Indian journal of veterinary science and animal husbandry - Volume 3,
Year: 1933
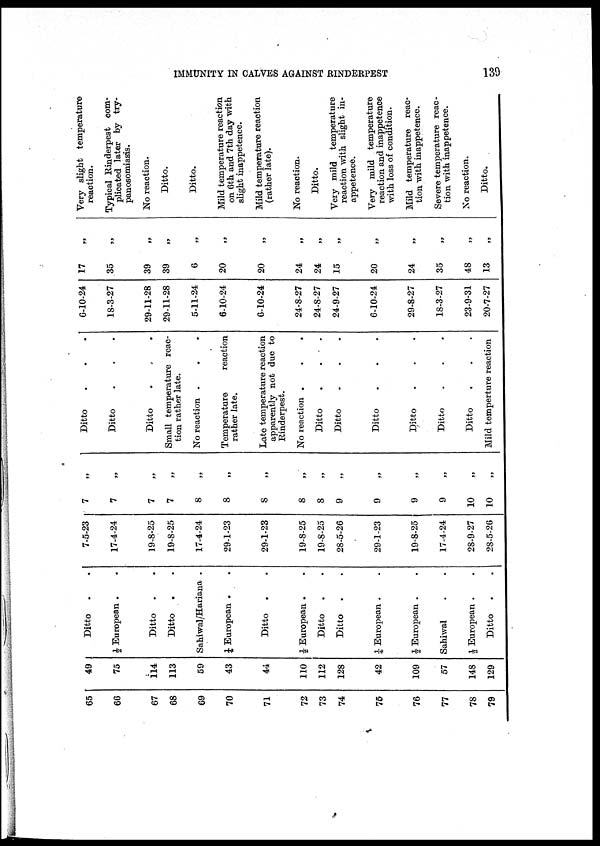
IMMUNITY IN CALVES AGAINST
RINDERPEST
139
65
66
67
68
69
70
71
72
73
74
75
76
77
78
79
49
75
114
113
59
43
44
110
112
128
42
109
57
148
129
Ditto
. .
½ European . .
Ditto
. .
Ditto . .
Sahiwal/Hariana .
¼ European . .
Ditto
. .
½ European . .
Ditto
. .
Ditto . .
¼ European . .
½ European . .
Sahiwal . .
½ European . .
Ditto
. .
7-5-23
17-4-24
19-8-25
19-8-25
17-4-24
29-1-23
29-1-23
19-8-25
19-8-25
28-5-26
29-1-23
19-8-25
17-4-24
28-9-27
28-5-26
7 „
7
„
7 „
7 „
8 „
8
„
8 „
8 „
8 „
9 „
9 „
9 „
9 „
10 „
10 „
Ditto . . .
Ditto . . .
Ditto . . .
Small temperature reac-
tion rather late.
No reaction .
.
.
Temperature
reaction
rather late.
Late temperature reaction
apparently not due to
Rinderpest.
No reaction . . .
Ditto . . .
Ditto . . .
Ditto . . .
Ditto . . .
Ditto . . .
Ditto . . .
Mild temperture reaction
6-10-24
18-3-27
29-11-28
29-11-28
5-11-24
6-10-24
6-10-24
24-8-27
24-8-27
24-9-27
6-10-24
29-8-27
18-3-27
23-9-31
20-7-27
17
„
35 „
39 „
39 „
6 „
20 „
20 „
24
„
24 „
15 „
20 „
24 „
35 „
48 „
13 „
Very slight temperature
reaction.
Typical Rinderpest com-
plicated later by try-
panosomiasis.
No reaction.
Ditto.
Ditto.
Mild temperature reaction
on 6th and 7th day with
slight inappetence.
Mild temperature reaction
(rather late).
No reaction.
Ditto.
Very mild temperature
reaction with slight in-
appetence.
Very mild temperature
reaction and inappetence
with loss of condition.
Mild temperature reac-
tion with inappetence.
Severe temperature reac-
tion with inappetence.
No reaction.
Ditto.